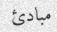
مبادئ